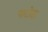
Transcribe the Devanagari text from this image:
पाटोडा